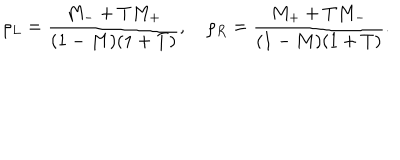
LaTeX: \rho _ { L } = \frac { M _ { - } + T M _ { + } } { ( 1 - M ) ( 1 + T ) } , \quad \rho _ { R } = \frac { M _ { + } + T M _ { - } } { ( 1 - M ) ( 1 + T ) } .